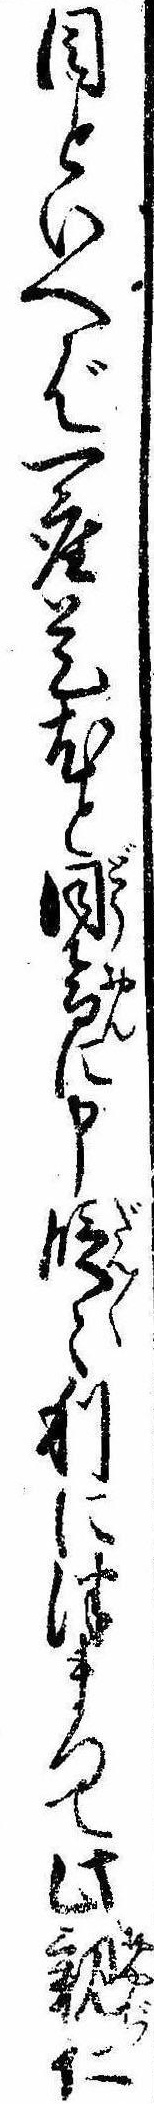
目といへば一座是尤と同音に申段々利につまつて此親仁